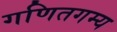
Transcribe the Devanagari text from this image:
गणितगम्य